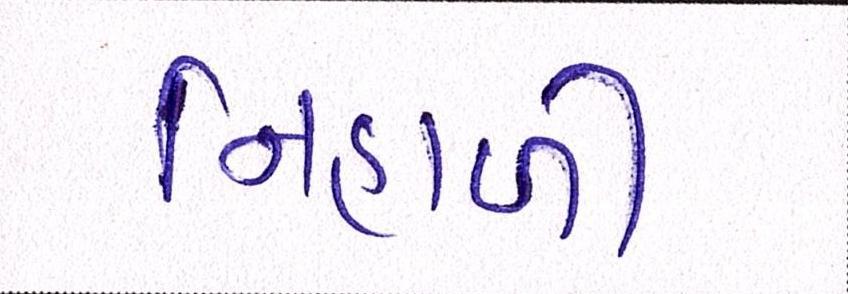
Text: નિહાળી